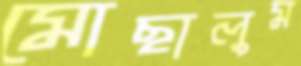
মোছালুম